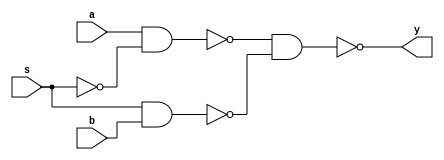
module m14k_gf_mux2(
	y,
	s,
	a,
	b);

	

output		y;			// Output

input		s;			// Select input
input		a;			// s==0
input		b;			// s==1

// BEGIN Wire declarations made by MVP
wire y;
wire bterm;
wire sela;
wire aterm;
// END Wire declarations made by MVP




//---------------------------------------------------------------------------
// Code
//---------------------------------------------------------------------------

// This is simulation code of a glitch-free mux built out of NAND gates
// For synthesis, NAND gates from the library should be hand-instantiated here
// and this module should be 'don't touched' wherever it is instantiated
// This mux needs only to ensure, that the unselected input can not cause
// a glitch on the output.

	assign sela = !(s && s);
// NAND2X2 selai (.y(sela), .a(s), .b(s));

	assign aterm = !(a && sela);
// NAND2X2 atermi (.y(aterm), .a(sela), .b(a));

	assign bterm = !(s && b);
// NAND2X2 btermi (.y(bterm), .a(s), .b(b));	

	assign y = !(aterm && bterm);
// NAND2X2 yi (.y(y), .a(aterm), .b(bterm));	

endmodule